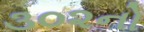
૩૦૨નો